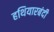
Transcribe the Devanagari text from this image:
हथियारबंदी